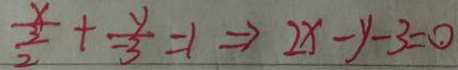
\frac { x } { \frac { 3 } { 2 } } + \frac { y } { - 3 } = 1 \Rightarrow 2 x - y - 3 = 0